Civil Veterinary Dept. Bombay admin report 1923-31 - 1923-1931
Year: 1923
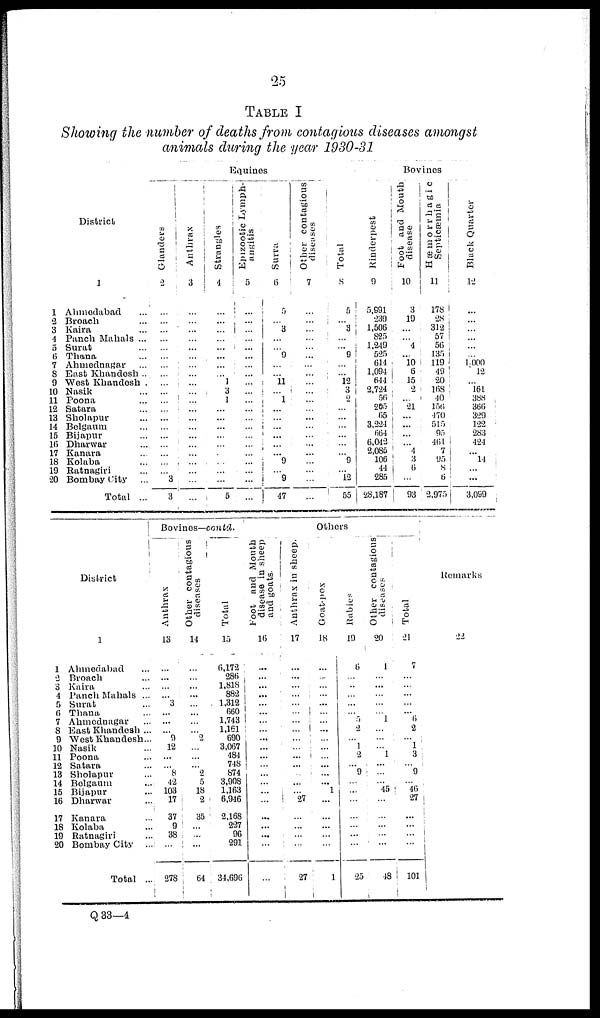
25
TABLE I
Showing the number of deaths from contagious diseases amongst
animals during the year 1930-31
District
1
1
2
3
4
5
6
7
8
9
10
11
12
13
14
15
16
17
18
19
20
Ahmedabad ...
Broach ...
Kaira ...
Panch Mahals ...
Surat ...
Thana ...
Ahmednagar ...
East Khandesh ..
West Khandesh .
Nasik ...
Poona ...
Satara ...
Sholapur ...
Belgaum ...
Bijapur ...
Dharwar ...
Kanara ...
Kolaba ...
Ratnagiri ...
Bombay City ...
Total ...
Equines
Glanders
2
...
...
...
...
...
...
...
...
...
...
...
...
...
...
...
...
...
...
... 3
3
Anthrax
3
...
...
...
...
...
...
...
...
... ...
...
...
...
...
...
...
...
...
...
...
...
Strangles
4
...
...
...
...
...
...
...
... 1
3
1
...
...
...
...
...
...
...
...
...
5
Epizootic Lymph-
angitis
5
...
... ...
...
...
...
...
...
...
...
...
...
...
...
...
...
...
...
...
...
...
Surra
6
5
... 3
...
... 9
...
... 11
... 1
...
...
...
...
...
... 9
... 9
47
Other contagious
diseases
7
...
...
...
...
...
...
...
...
...
...
...
...
...
...
...
...
...
...
...
...
...
Total
8
5
...
3
...
... 9
...
... 12
3
2
...
...
...
...
...
... 9
... 12
55
Bovines
Rinderpest
9
5,991
239
1,506
825
1,249
525
614
1,094
644
2,724
56
205
65
3,224
664
6,042
2,085
106
44
285
28,187
Foot and Mouth
disease
10
3
19
...
... 4
...
10 6
15
2
... 21
...
...
...
... 4
3
6
...
93
Hæmorrhagic
Septicæmia
11
178
28
312
57
56
135
119
49
20
168
40
156
470
515
95
461
7
95
8
6
2,975
Black Quarter
12
...
...
...
...
...
... 1,000
12
... 161
388
366
329
122
283
424
... 14
...
...
3,099
District
1
2
3
4
5
6
7
8
9
10
11
12
13
14
15
16
17
18
19
20
1
Ahmedabad ...
Broach ...
Kaira ...
Panch Mahals ...
Surat ...
Thana ...
Ahmodnagar ...
East Khandesh ...
West Khandesh...
Nasik ...
Poona ...
Satara ...
Sholapur ...
Belgaum ...
Bijapur ...
Dharwar ...
Kanara ...
Kolaba ...
Ratnagiri ...
Bombay City
..
Total ...
Bovines—contd.
Anthrax
13
...
...
...
... 3
...
...
... 9
12
...
... 8
42
103
17
37
9
38
...
278
Other contagious
diseases
14
...
...
...
...
...
...
...
... 2
...
...
... 2
5
18
2
35
...
...
...
64
Total
15
6,172
286
1,818
882
1,312
660
1,743
1,161
690
3,067
484
748
874
3,908
1,163
6,946
2,168
227
96
291
34,696
Others
Foot and Mouth
disease in sheep
and goats.
16
...
...
...
...
...
...
...
... ...
...
...
...
...
...
...
...
...
... ...
...
...
Anthrax in sheep.
17
...
...
...
...
...
...
...
...
...
...
...
...
...
...
... 27
...
...
...
...
27
Goat-pox
18
...
...
...
...
...
...
...
...
...
...
...
...
...
... 1
...
...
...
...
...
1
Rabies
19
6
...
...
...
...
... 5
2
... 1
2
... 9
...
...
...
...
...
...
...
25
Other contagious
diseases
20
1
...
...
...
...
... 1
...
...
... 1
...
...
... 45
...
...
...
...
...
48
Total
21
7
...
...
...
...
... 6
2
... 1
3
... 9
... 46
27
...
...
...
...
101
Remarks
22
Q 33—4